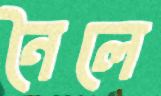
নৈলে